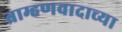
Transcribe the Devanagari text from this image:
ब्राम्हणवादाच्या